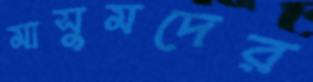
মাসুমদের